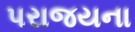
પરાજયના